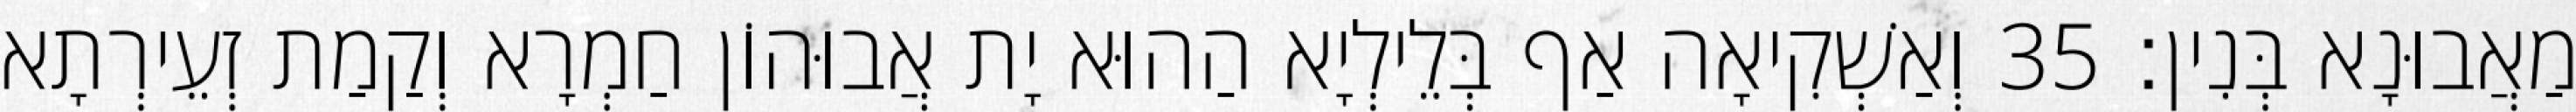
מַאֲבוּנָא בְּנִין׃ 35 וְאַשְׁקִיאָה אַף בְּלֵילְיָא הַהוּא יָת אֲבוּהוֹן חַמְרָא וְקַמַת זְעֵירְתָא